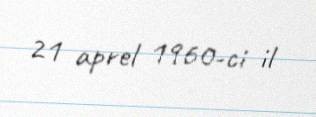
21 aprel 1960-ci il